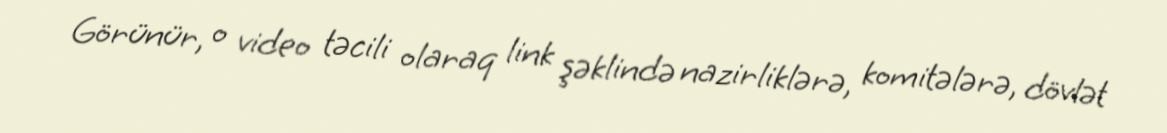
Görünür, o video təcili olaraq link şəklində nazirliklərə, komitələrə, dövlət